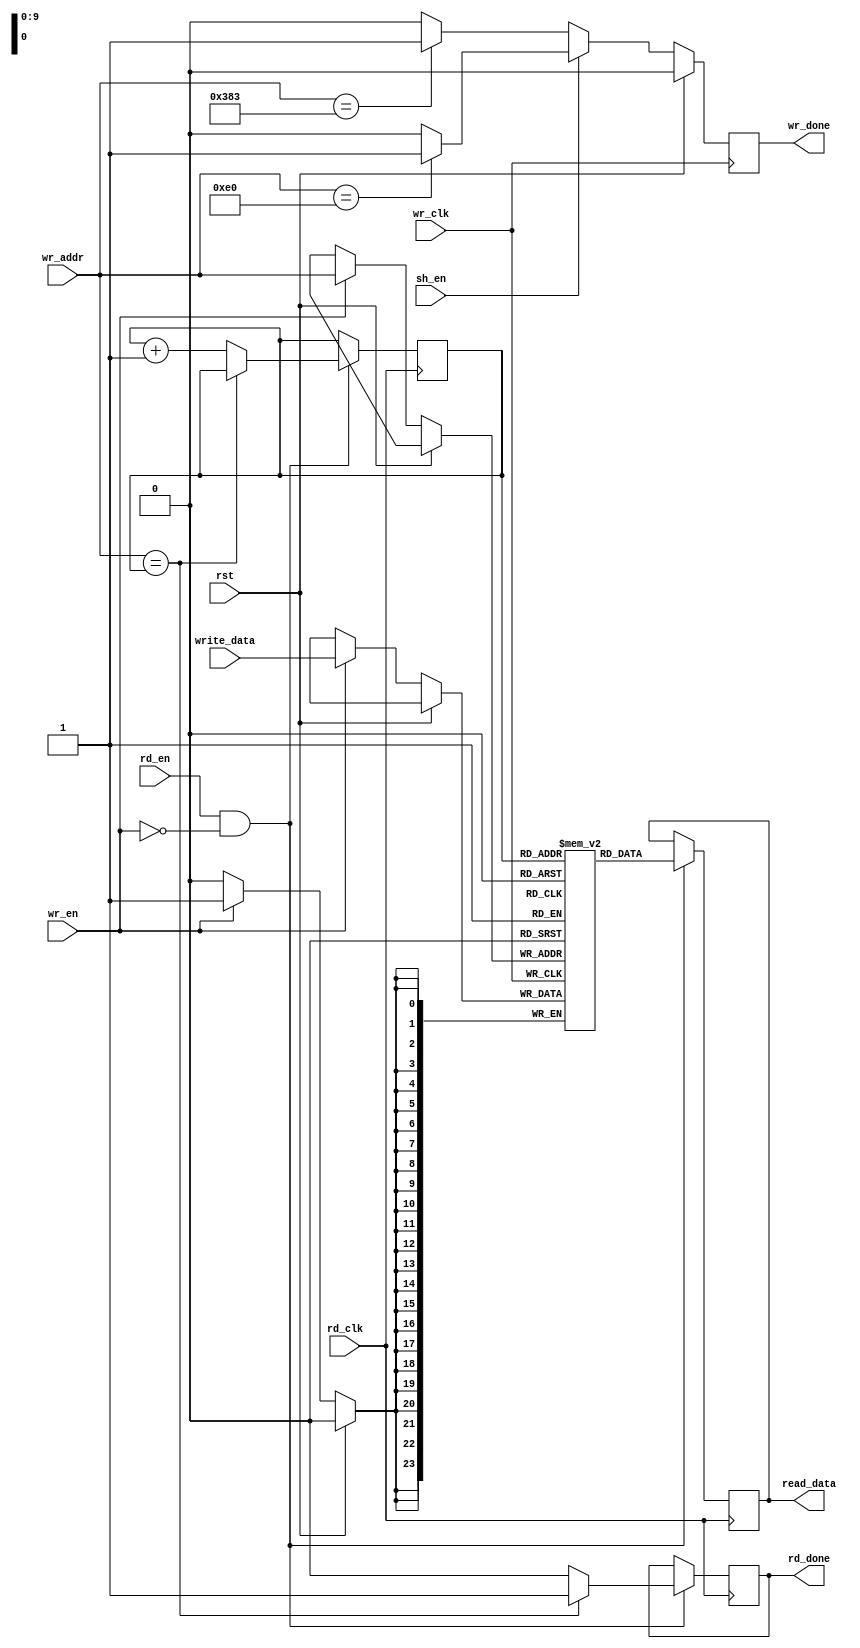
//  INFO.: Undergraduate ECE student, Alexandria university, Egypt.
//  AUTHOR'S EMAIL: majiidd17@icloud.com
//  TYPE: module.
//  KEYWORDS: FIFO.
//  PURPOSE: An RTL modelling for FIFO.

//-----------------Compiler Directives-----------------\\\\
`timescale 1ns/1ps
module fifo
//-----------------Parameters-----------------\\\\
#(
    parameter FACTOR = 2,
    parameter HIEGHT = 30,
    parameter WIDTH = 30,
    parameter BPP = 3,
    parameter PEXILS = HIEGHT*WIDTH,
    parameter ADDR_WR = (PEXILS/(FACTOR**2))
)
//-----------------Ports-----------------\\\\
(
    input  wr_clk, rd_clk,
    input  wire        rst,
    input  wire        sh_en,
    input  wire        rd_en,
    input  wire        wr_en,
    input  wire [$clog2(PEXILS)-1:0] wr_addr,
    input  wire [(8*BPP)-1:0]  write_data,

    output reg         wr_done,
    output reg         rd_done,
    output reg  [(8*BPP)-1:0]  read_data
);
//-----------------Memory Declaration-----------------\\\\
reg [(8*BPP)-1:0] data_mem [0:PEXILS-1];
reg [$clog2(PEXILS)-1:0] rd_addr = 0;
// reg wr_done, rd_done;

//-----------------writing @ posedge of the system clock-----------------\\\\ 
always @(posedge wr_clk) begin
    if (rst) begin
        wr_done        <= 1'b0;
    end
    else begin
        if (wr_en) data_mem[wr_addr] <= write_data;
        if(sh_en) begin
            if (wr_addr == (ADDR_WR-1)) wr_done     <= 1'b1;
            else                       wr_done     <= 1'b0;
        end
        else begin
            if (wr_addr == (PEXILS-1)) wr_done     <= 1'b1;
            else                       wr_done     <= 1'b0;
        end
        
    end
end

//-----------------Reading @ posedge of the baud clock-----------------\\\\
always @(posedge rd_clk) begin
    if(rd_en && !wr_en) begin
        if (wr_addr == rd_addr) begin 
            rd_done     <= 1'b1;
            rd_addr     <= rd_addr;
        end
        else begin 
            rd_done     <= 1'b0;
            rd_addr     <= rd_addr + 1;
        end
        read_data       <= data_mem[rd_addr];
    end
    // if(rd_done) done    <= 1'b0;
    // else        done    <= wr_done;
end
endmodule